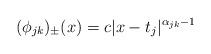
LaTeX: \begin{align*} (\phi_{jk})_\pm(x) = c|x-t_j|^{\alpha_{jk}- 1}\end{align*}